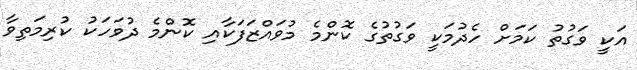
އަކީ ވަގުތު ކަމަށް ހެދުމަކީ ވަގުތުގެ ކޮންމެ މުވައްޒަފަކާއި ކޮންމެ ދުވަހަކު ކުރިމަތިވާ